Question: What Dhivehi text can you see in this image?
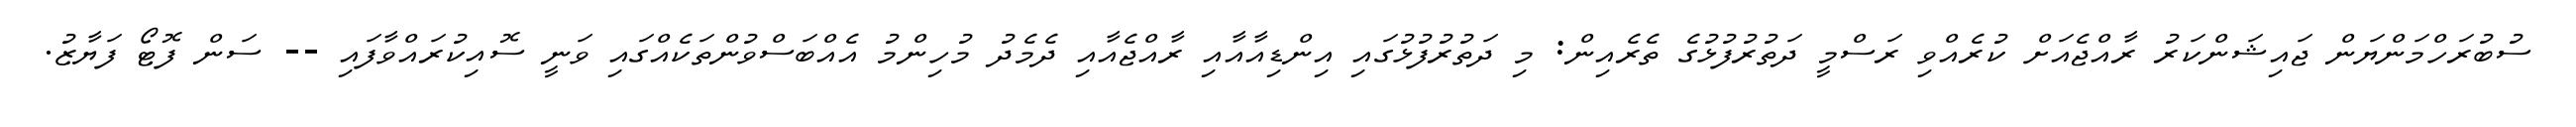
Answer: ސުބުރަހްމަންޔަން ޖައިޝަންކަރު ރާއްޖެއަށް ކުރެއްވި ރަސްމީ ދަތުރުފުޅުގެ ތެރެއިން: މި ދަތުރުފުޅުގައި އިންޑިއާއާއި ރާއްޖެއާއި ދެމެދު މުހިންމު އެއްބަސްވުންތަކެއްގައި ވަނީ ސޮއިކުރައްވާފައި -- ސަން ފޮޓޯ ފަޔާޒު.